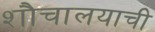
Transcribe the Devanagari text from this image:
शौचालयाची